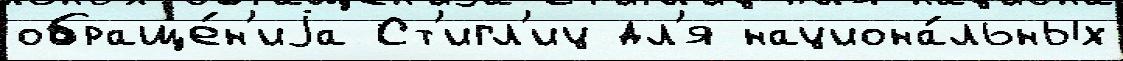
обраще́н'иjа Ст'игл'иц дл'я национа́льных